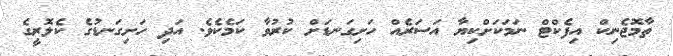
ތާމޮޖެނިކް އިފެކްޓް ނަމަކަށްކިޔާ އަސަރެއް ހަށިގަނޑަށް ކުރުވާ ކަމެކެވެ. އަދި ހަށިގަނޑުގެ ކެލޮރީގެ